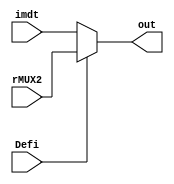
module MUX3 (
  input wire [7:0] imdt,
  input wire [7:0] rMUX2,
  output wire [7:0] out,
  input Defi
);
  reg [7:0] regout;
  
  
  always @(imdt or rMUX2 or Defi)
    begin
        regout = imdt;
        if (Defi) begin
            regout = rMUX2;
        end 
    end
  assign out = regout;
endmodule